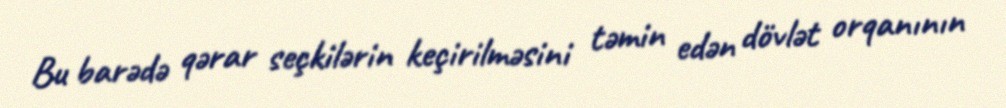
Bu barədə qərar seçkilərin keçirilməsini təmin edən dövlət orqanının